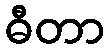
ဓီတာ